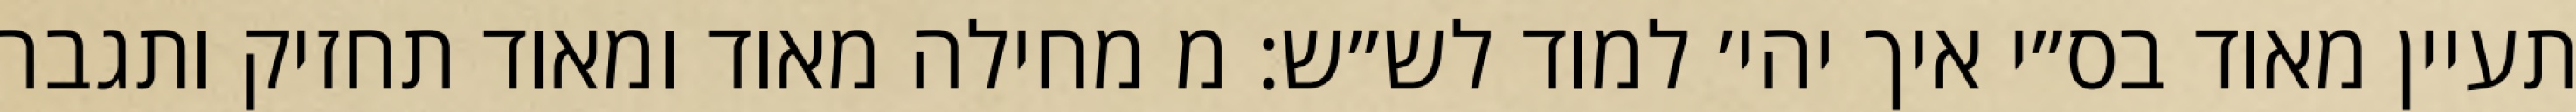
תעיין מאוד בס״י איך יהי׳ למוד לש״ש: מ מחילה מאוד ומאוד תחזיק ותגבר